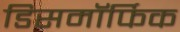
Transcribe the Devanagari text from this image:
डिसमॉर्फिक